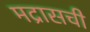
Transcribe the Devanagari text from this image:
मद्रासची